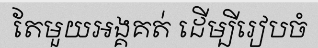
តែមួយអង្គគត់ ដើម្បីរៀបចំ